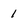
Character: 1